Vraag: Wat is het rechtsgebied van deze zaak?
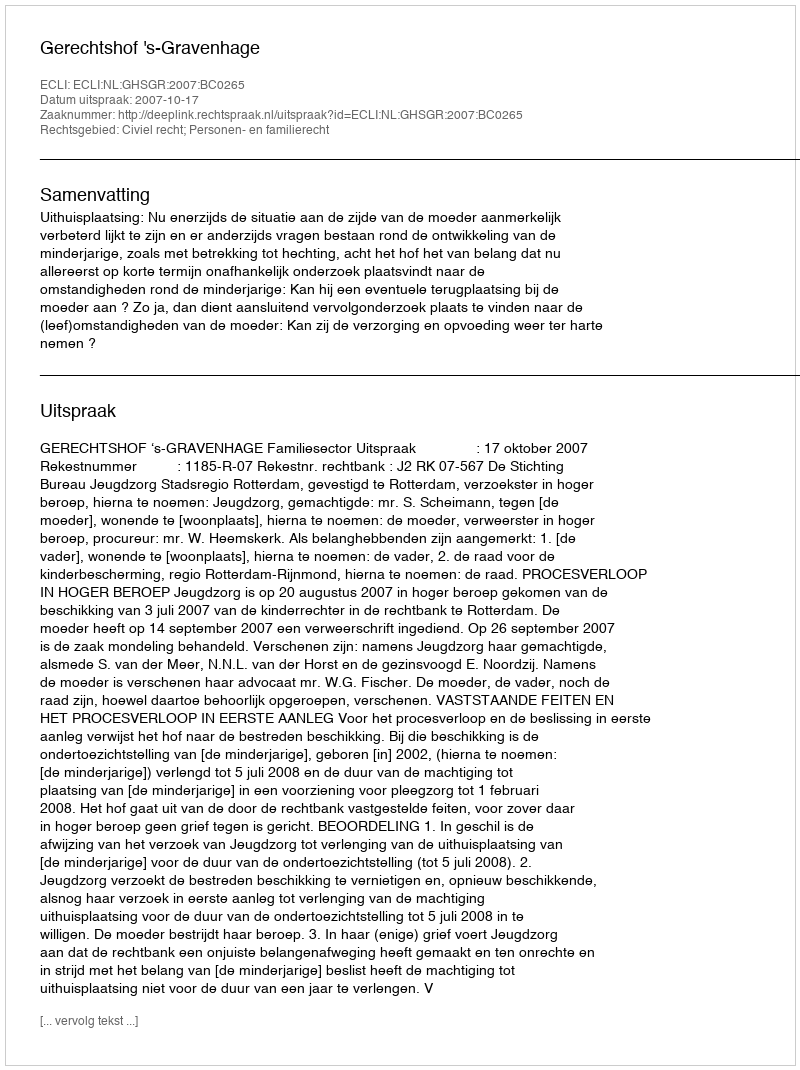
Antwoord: Civiel recht; Personen- en familierecht